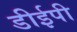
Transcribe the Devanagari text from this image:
डीईपी